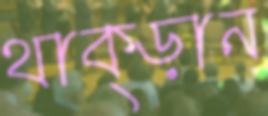
থাক্‌ড়ান